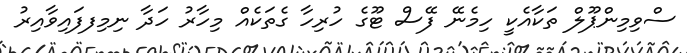
ސްވިމިންޕޫލް ތަކާއެކީ ހިމެނޭ ފޭސް ޓޫގެ ހުރިހާ ގެތަކެއް މިހާރު ހަދާ ނިމިފފައިވާއިރު